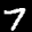
Label: 7